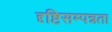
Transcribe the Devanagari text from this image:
दृष्टिसम्पन्नता